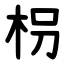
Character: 枴